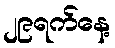
၂၉ရက်နေ့